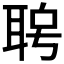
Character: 𦕮